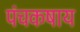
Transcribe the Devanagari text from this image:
पंचकषाय